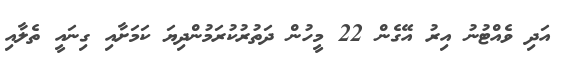
އަދި ވެއްޓުނު އިރު އޭގެން 22 މީހުން ދަތުރުކުރަމުންދިޔަ ކަމަށާއި ގިނައީ ތެލާއި